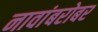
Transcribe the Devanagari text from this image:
नावांबरोबर